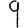
Digit: 9